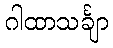
ဂါထာသင်္ချာ